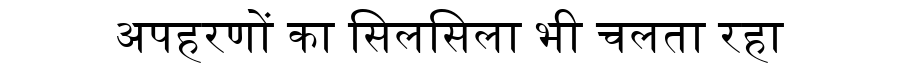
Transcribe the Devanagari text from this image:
अपहरणों का सिलसिला भी चलता रहा